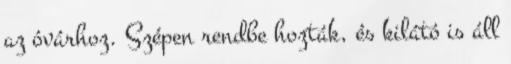
az óvárhoz. Szépen rendbe hozták, és kilátó is áll